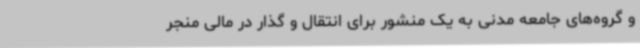
و گروه‌های جامعه مدنی به یک منشور برای انتقال و گذار در مالی منجر